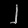
Digit: ၂